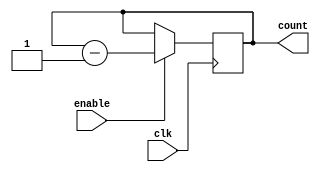
module Binary_Down_Counter(
    input wire clk,           // Clock input
    input wire enable,        // Enable signal
    output reg [3:0] count    // 4-bit down counter output
);

always @(posedge clk) begin
    if(enable) begin
        count <= count - 1;
    end
end

endmodule